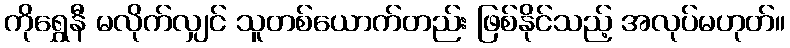
ကိုရွှေနီ မလိုက်လျှင် သူတစ်ယောက်တည်း ဖြစ်နိုင်သည့် အလုပ်မဟုတ်။